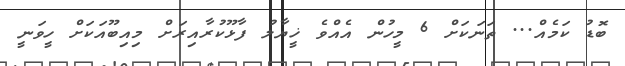
ބޮޑު ކަމެއް... ތަނަކަށް 6 މީހުން އެއްވެ ޚީޔާލު ފާޅޫކުރާއިރަށް މިއިބޫއަކަށް ހީވަނީ